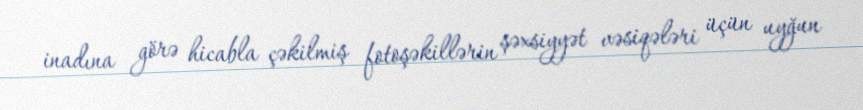
inadına görə hicabla çəkilmiş fotoşəkillərin şəxsiyyət vəsiqələri üçün uyğun